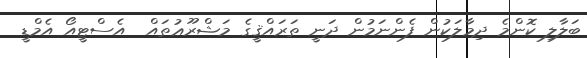
ބަލާލި ކޮންމެ ދިމާލަކުން ފެންނަމުން ދަނީ ތަރައްޤީގެ މަޝްރޫޢުތައް  އެސްޓީއޯ އެމްޑީ